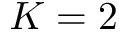
K = 2